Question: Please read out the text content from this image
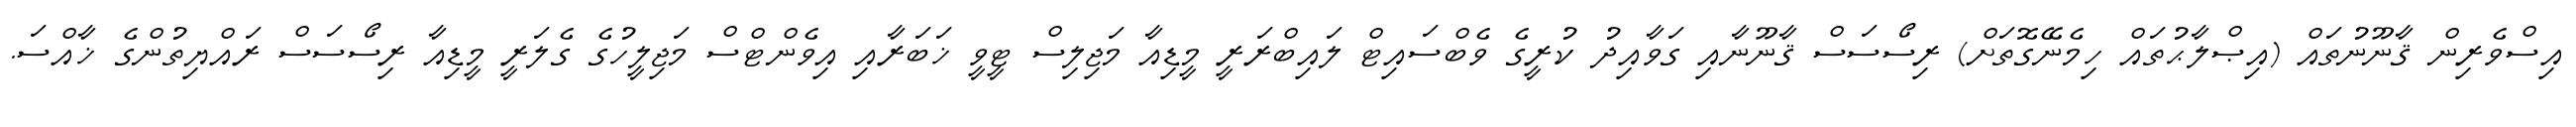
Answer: އިސްވެރިން ޤާނޫނުތައް (އިޞްލާޙުތައް ހިމެނޭގޮތަށް) ރިސޯސަސް ޤާނޫނާއި ގަވާއިދު ކުރީގެ ވެބްސައިޓް ލައިބްރަރީ މީޑިއާ މަޖިލިސް ޓީވީ ޚަބަރާއި އިވެންޓްސް މަޖިލީހުގެ ގެލަރީ މީޑިއާ ރިސޯސަސް ރައްޔިތުންގެ ޚާއްސަ.